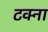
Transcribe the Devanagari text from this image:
टक्ना